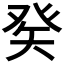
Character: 𤼩